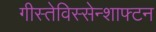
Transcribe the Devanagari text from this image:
गीस्तेविस्सेन्शाफ्टन